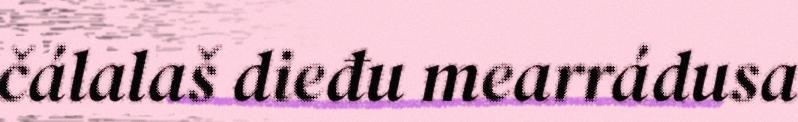
čálalaš dieđu mearrádusa